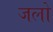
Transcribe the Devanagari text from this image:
जलो